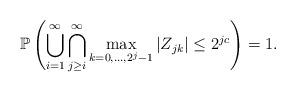
LaTeX: \begin{align*}\mathbb{P}\left( \bigcup_{i=1}^{\infty} \bigcap_{j\geq i}^{\infty} \max_{ k=0,...,2^{j}-1 } |Z_{jk}| \leq 2^{jc}\right)=1.\end{align*}